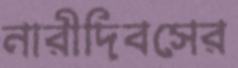
নারীদিবসের